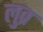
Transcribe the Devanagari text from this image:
लुव्र